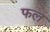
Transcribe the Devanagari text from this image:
फल